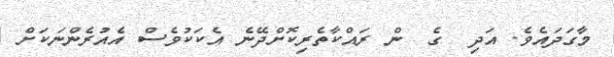
މާގަދައެވެ. އަދި  ގެ  ން ރައްކާތެރިކޮށްދޭނެ އެކަކުވެސް އެއުރެންނަކަށް